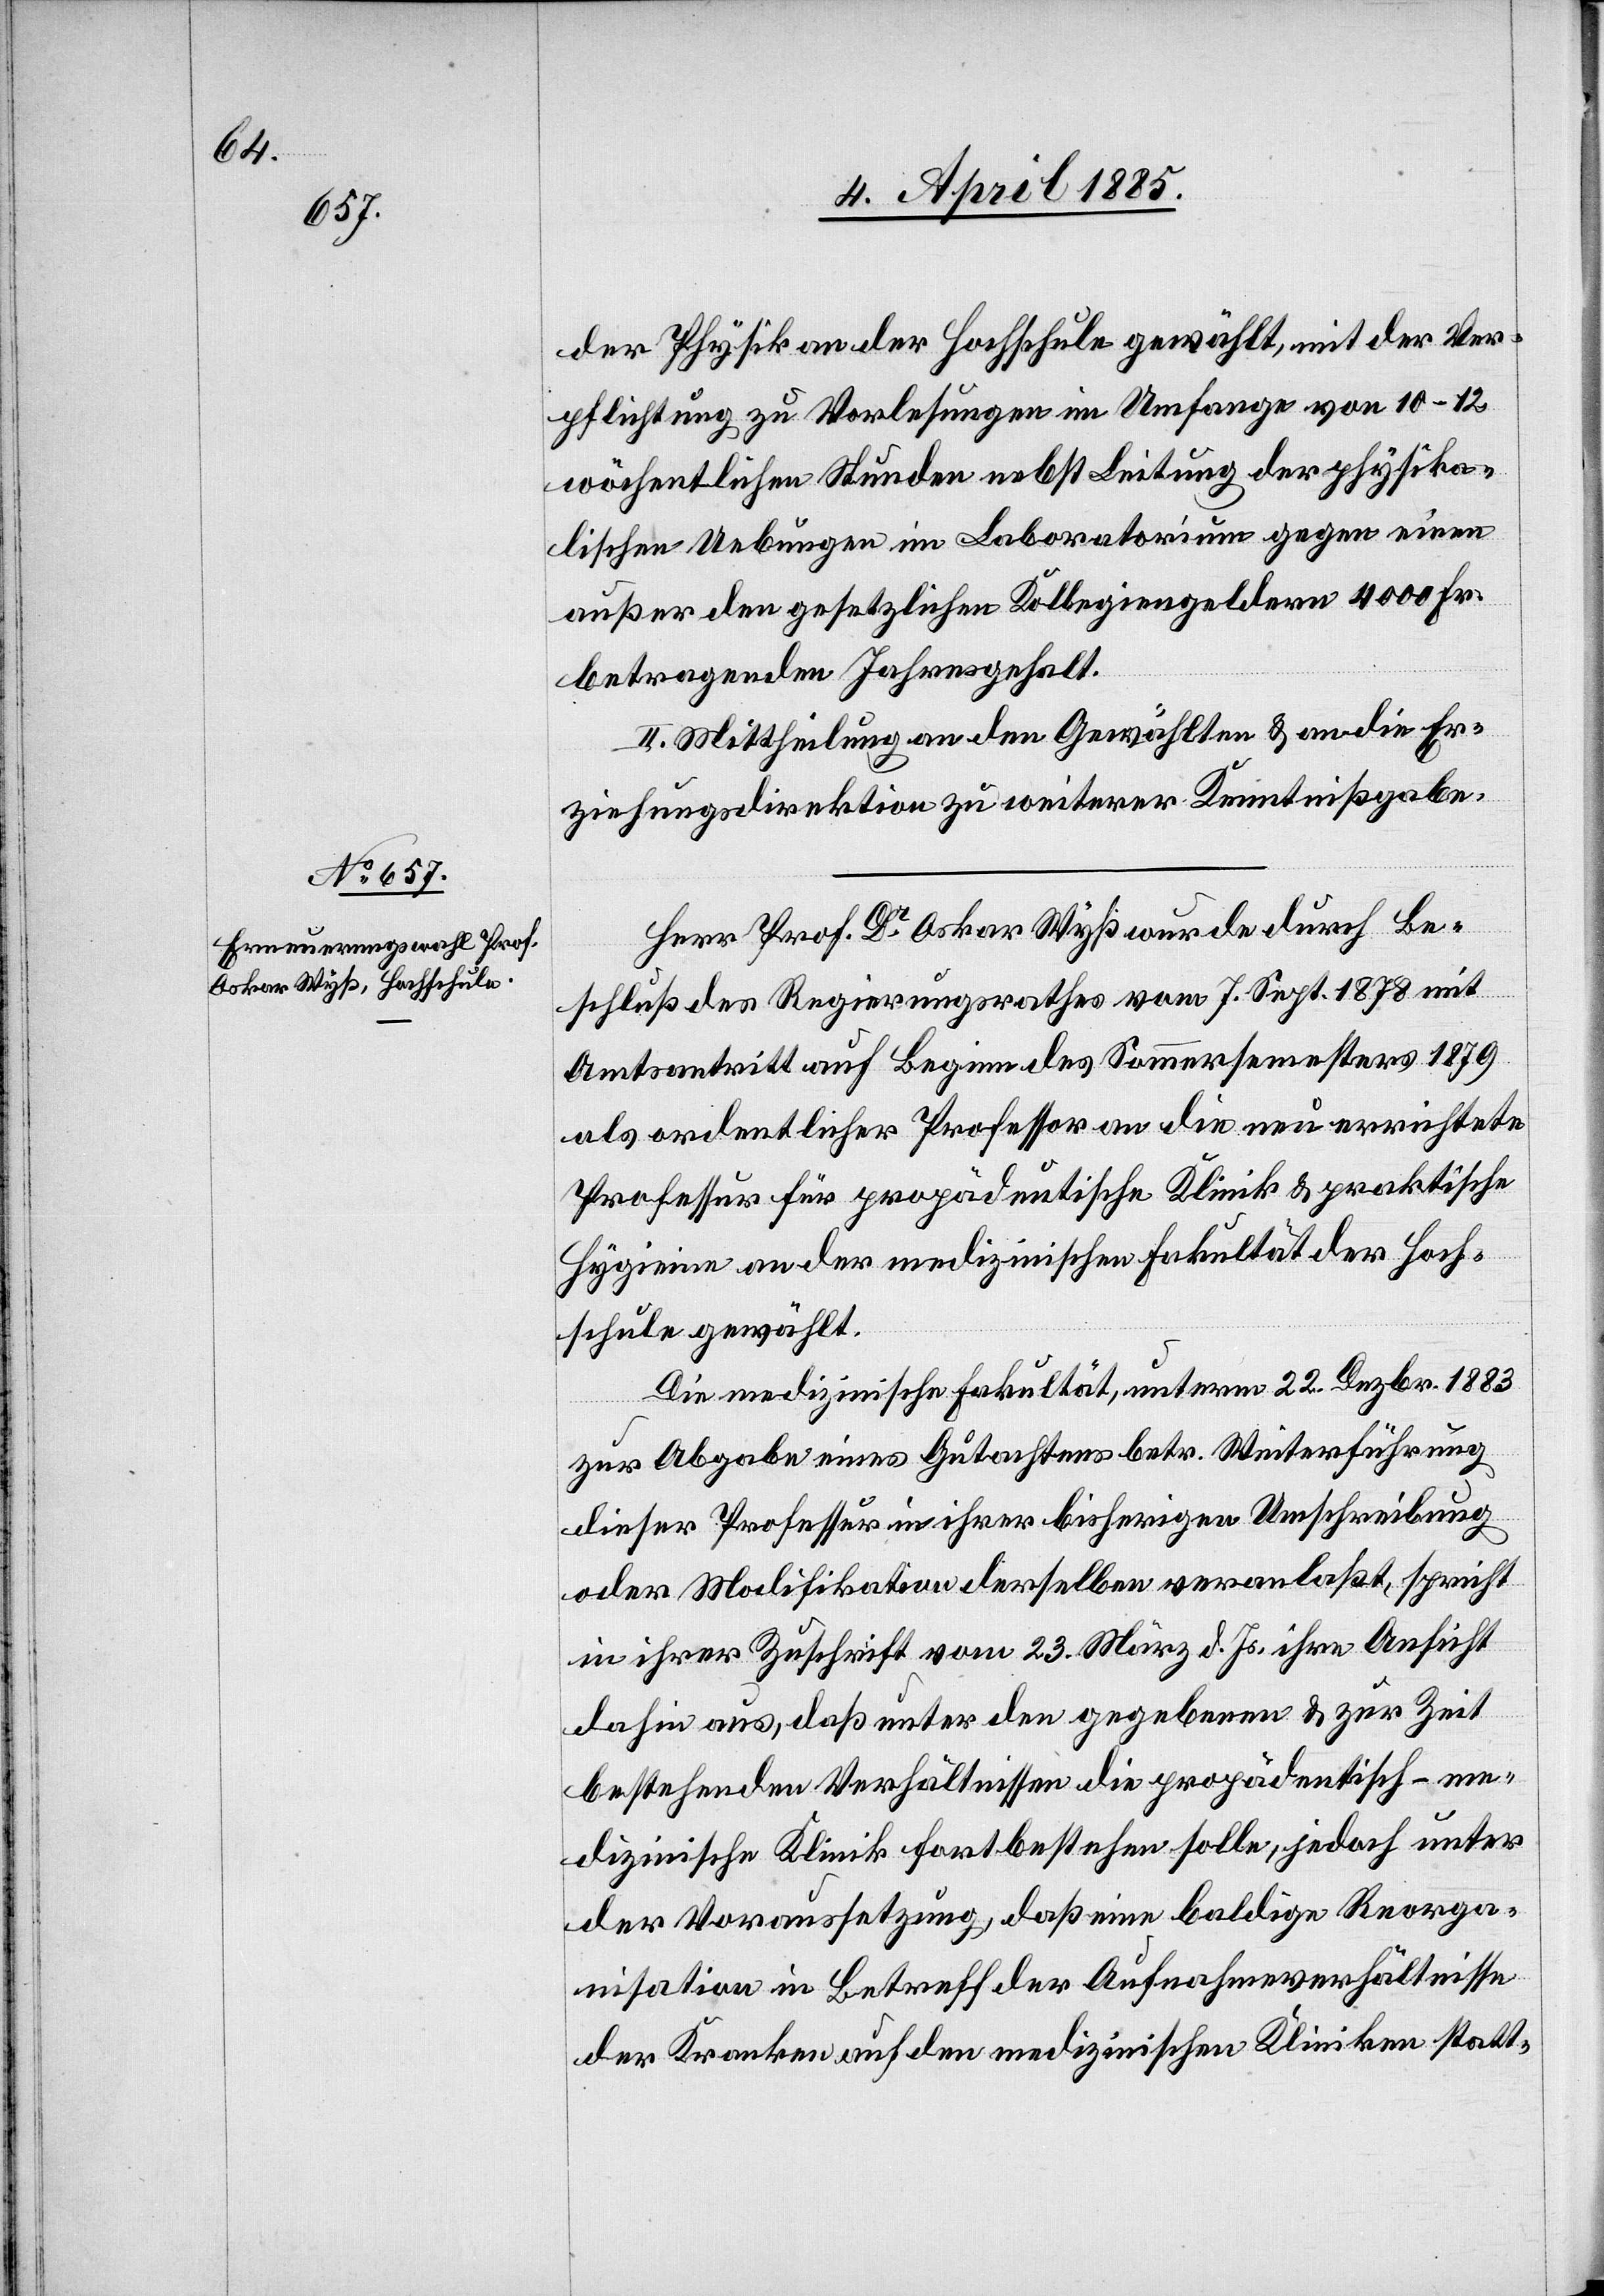
der Physik an der Hochschule gewählt, mit der Ver¬
pflichtung zu Vorlesungen im Umfange von 10–12
wöchentlichen Stunden nebst Leitung der physika¬
lischen Uebungen im Laboratorium gegen einen
außer den gesetzlichen Kollegiengeldern 4000 Fr.
betragenden Jahresgehalt.
II. Mittheilung an den Gewählten & an die Er¬
ziehungsdirektion zu weiterer Kenntnißgabe.
Herr Prof. Dr Oksar Wyß wurde durch Be¬
schluß des Regierungsrathes vom 7. Sept. 1878 mit
Amtsantritt auf Beginn des Sommersemesters 1879
als ordentlicher Professor an die neu errichtete
Professur für propädeutische Klinik & praktische
Hygiene an der medizinischen Fakultät der Hoch¬
schule gewählt.
Die medizinische Fakultät, unterm 22. Dezbr. 1883
zur Abgabe eines Gutachtens betr. Weiterführung
dieser Professur in ihrer bisherigen Umschreibung
oder Modifikation derselben veranlaßt, spricht
in ihrer Zuschrift vom 23. März d. Js. ihre Ansicht
dahin aus, daß unter den gegebenen & zur Zeit
bestehenden Verhältnissen die propädeutisch-me¬
dizinische Klinik fortbestehen solle, jedoch unter
der Voraussetzung, daß eine baldige Reorga¬
nisation in Betracht der Aufnahmeverhältnisse
der Kranken auf den medizinischen Kliniken statt-